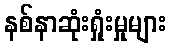
နစ်နာဆုံးရှုံးမှုများ